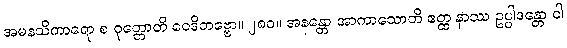
အမနသိကာရော စ ဝုတ္တောတိ ဝေဒိတဗ္ဗော။ ၂၈၀။ အနန္တော အာကာသောတိ ဧတ္ထ နာဿ ဥပ္ပါဒန္တော ဝါ